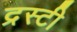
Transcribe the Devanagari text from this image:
द्रस्टी